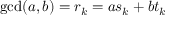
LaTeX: \operatorname* { g c d } ( a , b ) = r _ { k } = a s _ { k } + b t _ { k }